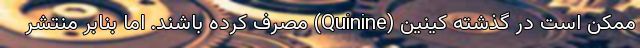
ممکن است در گذشته کینین (Quinine) مصرف کرده باشند. اما بنابر منتشر